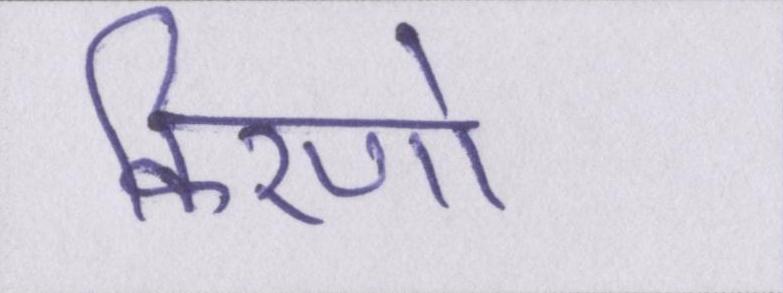
किरणो